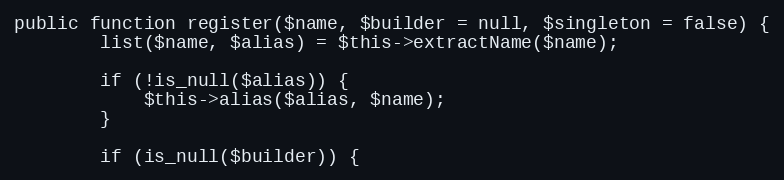
Language: PHP
public function register($name, $builder = null, $singleton = false) {
		list($name, $alias) = $this->extractName($name);

		if (!is_null($alias)) {
			$this->alias($alias, $name);
		}

		if (is_null($builder)) {